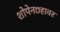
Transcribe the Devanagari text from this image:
शोपेन७हावर